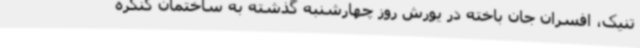
تنیک،‌ افسران جان باخته در یورش روز چهارشنبه گذشته به ساختمان کنگره